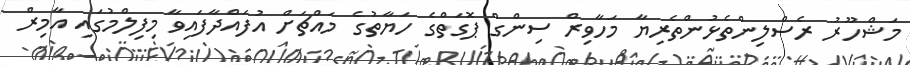
މަޝްހޫރު ރެސްލިންތެޅުންތެރިޔާ މަހާވިރް ސިންގް ޕޮގަތްގެ ހަޔާތުގެ މައްޗަށް އުފައްދާފައިވާ މިފިލްމުގައި އާމިރް